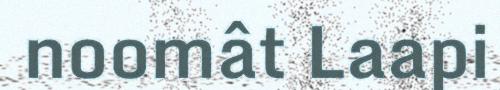
noomât Laapi